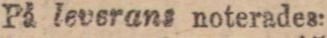
På levorans noterades: